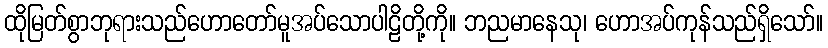
ထိုမြတ်စွာဘုရားသည်ဟောတော်မူအပ်သောပါဠိတို့ကို။ ဘညမာနေသု၊ ဟောအပ်ကုန်သည်ရှိသော်။